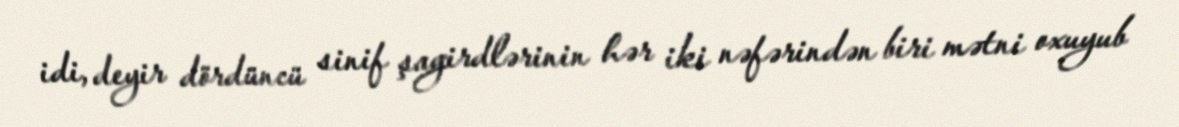
idi, deyir dördüncü sinif şagirdlərinin hər iki nəfərindən biri mətni oxuyub